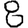
Digit: 8